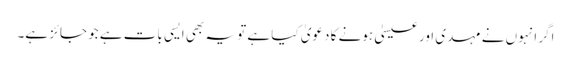
اگر انہوں نے مہدی اور عیسیٰ ہونے کا دعویٰ کیا ہے تو یہ بھی ایسی بات ہے جو جائز ہے۔